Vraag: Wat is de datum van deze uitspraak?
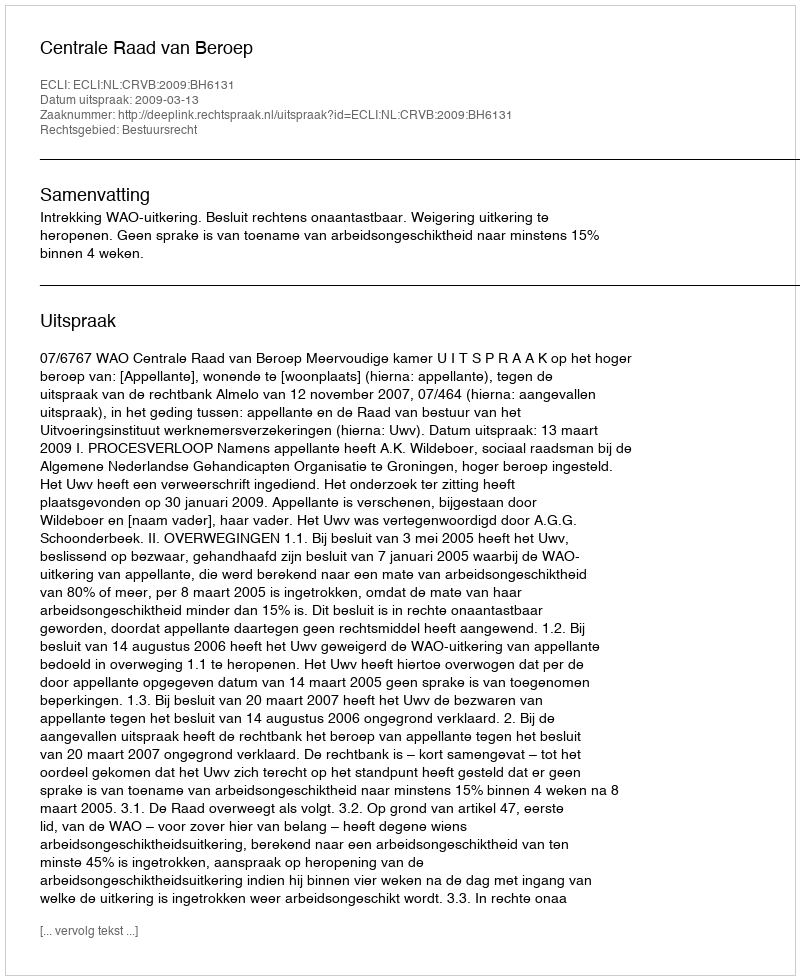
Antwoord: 2009-03-13